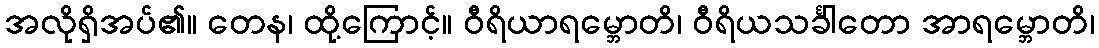
အလိုရှိအပ်၏။ တေန၊ ထို့ကြောင့်။ ဝီရိယာရမ္ဘောတိ၊ ဝီရိယသင်္ခါတော အာရမ္ဘောတိ၊